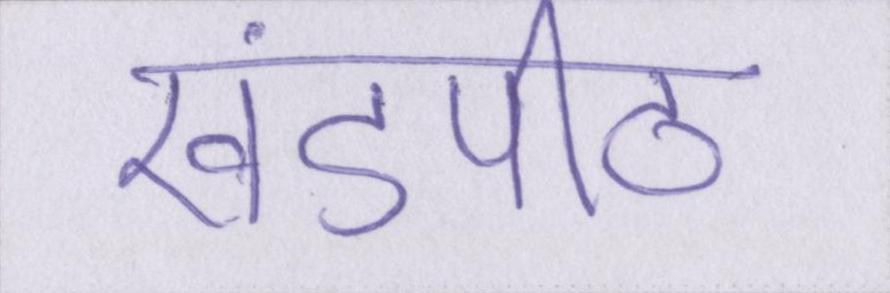
खंडपीठ